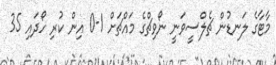
މާޓާގެ ލަނޑުން ޗެލްސީވަނީ ނޯވިޗްގެ މައްޗަށް 1-0 އިން ކުރި ހޯދައި 35